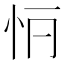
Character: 𢗶